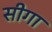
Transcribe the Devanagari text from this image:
सीगा